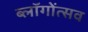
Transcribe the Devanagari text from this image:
ब्लॉगोंत्सव